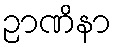
ဉာဏိနာ